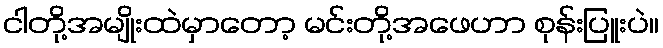
ငါတို့အမျိုးထဲမှာတော့ မင်းတို့အဖေဟာ စုန်းပြူးပဲ။